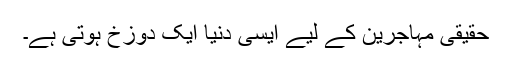
حقیقی مہاجرین کے لیے ایسی دنیا ایک دوزخ ہوتی ہے۔